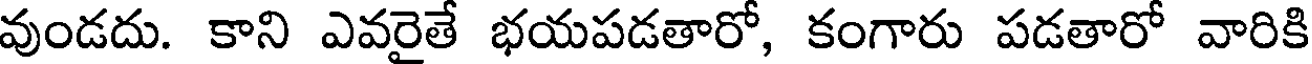
వుండదు. కాని ఎవరైతే భయపడతారో, కంగారు పడతారో వారికి